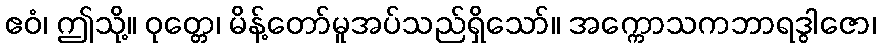
ဧဝံ၊ ဤသို့။ ဝုတ္တေ၊ မိန့်တော်မူအပ်သည်ရှိသော်။ အက္ကောသကဘာရဒွါဇော၊